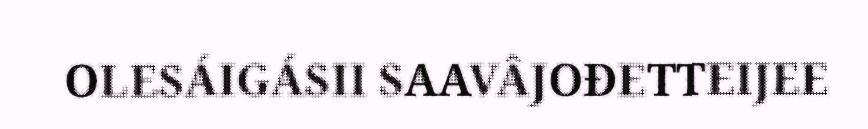
OLESÁIGÁSII SAAVÂJOĐETTEIJEE